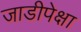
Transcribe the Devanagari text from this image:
जाडीपेक्षा